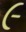
૯